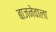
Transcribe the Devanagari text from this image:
बाजनेवाला